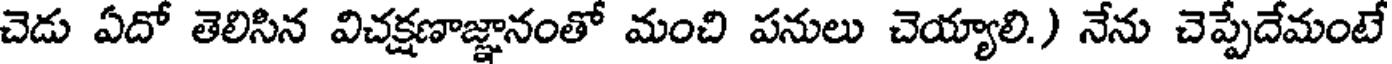
చెడు ఏదో తెలిసిన విచక్షణాజ్ఞానంతో మంచి పనులు చెయ్యాలి.) నేను చెప్పేదేమంటే